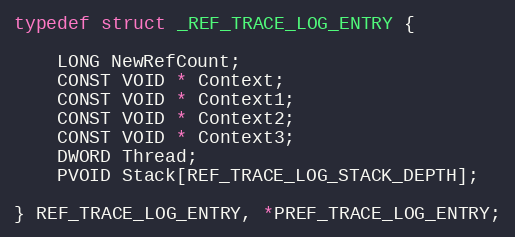
Language: C
typedef struct _REF_TRACE_LOG_ENTRY {

    LONG NewRefCount;
    CONST VOID * Context;
    CONST VOID * Context1;
    CONST VOID * Context2;
    CONST VOID * Context3;
    DWORD Thread;
    PVOID Stack[REF_TRACE_LOG_STACK_DEPTH];

} REF_TRACE_LOG_ENTRY, *PREF_TRACE_LOG_ENTRY;